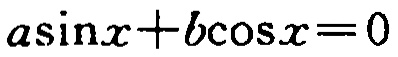
\(a\sin x + b\cos x = 0\)